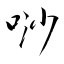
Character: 唦